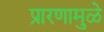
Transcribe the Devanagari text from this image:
प्रारणामुळे